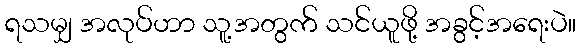
ရသမျှ အလုပ်ဟာ သူ့အတွက် သင်ယူဖို့ အခွင့်အရေးပဲ။